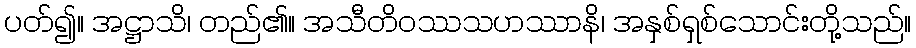
ပတ်၍။ အဋ္ဌာသိ၊ တည်၏။ အသီတိဝဿသဟဿာနိ၊ အနှစ်ရှစ်သောင်းတို့သည်။